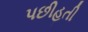
પછીહતી